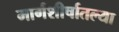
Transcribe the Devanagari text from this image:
मार्गशीर्षातल्या